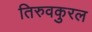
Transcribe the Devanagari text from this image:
तिरुवकुरल